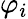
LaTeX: \varphi_{i}